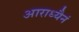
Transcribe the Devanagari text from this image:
आराध्यैनं